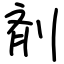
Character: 剤